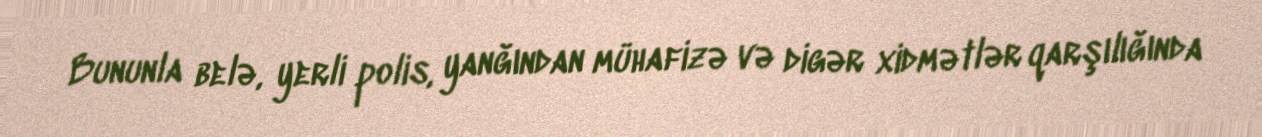
Bununla belə, yerli polis, yanğından mühafizə və digər xidmətlər qarşılığında